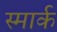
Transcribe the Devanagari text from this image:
स्मार्क